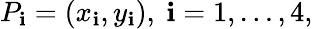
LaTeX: P_{\mathbf{i}}=(x_{\mathbf{i}},y_{\mathbf{i}}),\ \mathbf{i}=1,\ldots,4,